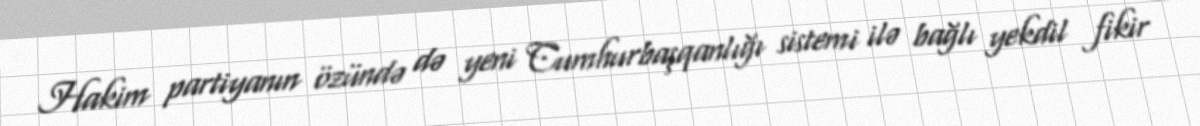
Hakim partiyanın özündə də yeni Cumhurbaşqanlığı sistemi ilə bağlı yekdil fikir